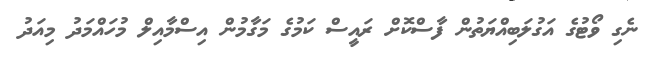
ނެގި ވޯޓުގެ އަގުލަބިއްޔަތުން ފާސްކޮށް ރައީސް ކަމުގެ މަގާމުން އިސްމާއިލް މުހައްމަދު މިއަދު